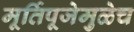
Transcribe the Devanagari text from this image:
मूर्तिपूजेमुळेच